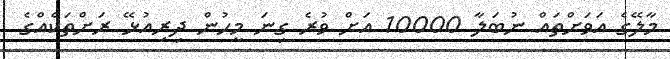
މާލޭގެ އަވަށްތައް ނުބަލާ 10000 އަށް ވުރެ ގިނަ މީހުން ދިރިއުޅޭ ރަށްތަކެއްގެ